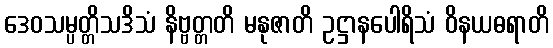
ဒေဝသမ္ပတ္တိသဒိသံ နိဗ္ဗတ္တတိ မနုဇာတိ ဥဋ္ဌာနပေါရိသံ ဝိနယဓရာတိ